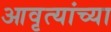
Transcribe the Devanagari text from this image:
आवृत्यांच्या